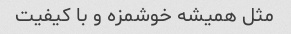
مثل همیشه خوشمزه و با کیفیت